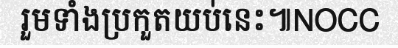
រួមទាំងប្រកួតយប់នេះ៕NOCC